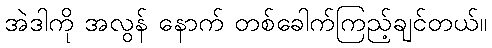
အဲဒါကို အလွန် နောက် တစ်ခေါက်ကြည့်ချင်တယ်။